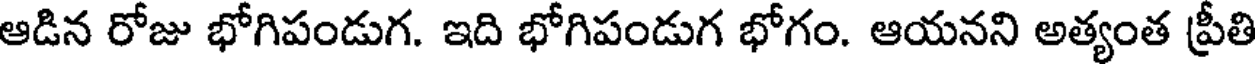
ఆడిన రోజు భోగిపండుగ. ఇది భోగిపండుగ భోగం. ఆయనని అత్యంత ప్రీతి